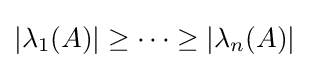
\left|\lambda _{1}(A)\right|\geq \cdots \geq \left|\lambda _{n}(A)\right|